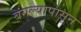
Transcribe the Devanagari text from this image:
बंगल्यापासून